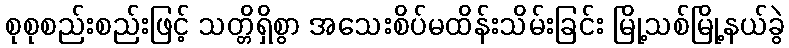
စုစုစည်းစည်းဖြင့် သတ္တိရှိစွာ အသေးစိပ်မထိန်းသိမ်းခြင်း မြို့သစ်မြို့နယ်ခွဲ